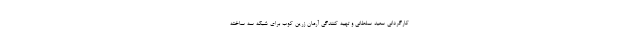
کارگردانی سعید سلطانی و تهیه کنندگی آرمان زرین کوب برای شبکه سه ساخته